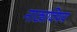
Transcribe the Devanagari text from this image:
नाट्यविषय